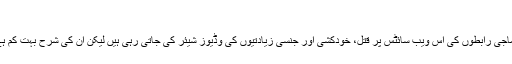
"
سماجی رابطوں کی اس ویب سائٹس پر قتل، خودکشی اور جنسی زیادتیوں کی وڈیوز شیئر کی جاتی رہی ہیں لیکن ان کی شرح بہت کم ہے۔